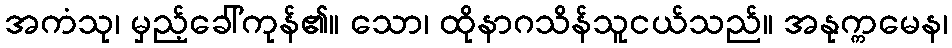
အကံသု၊ မှည့်ခေါ်ကုန်၏။ သော၊ ထိုနာဂသိန်သူငယ်သည်။ အနုက္ကမေန၊